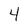
Character: 4